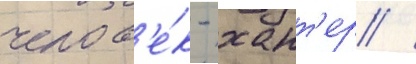
челов'е́к - хант'ер /